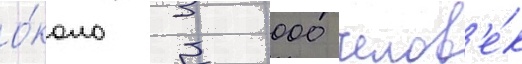
о́коло 3 000 челов'е́к